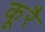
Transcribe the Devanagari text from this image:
कूरै